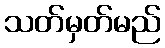
သတ်မှတ်မည်